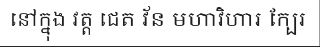
នៅក្នុង វត្ត ជេត វ័ន មហាវិហារ ក្បែរ